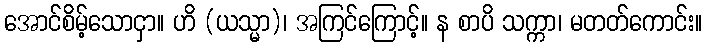
အောင်စိမ့်သောငှာ။ ဟိ (ယသ္မာ)၊ အကြင်ကြောင့်။ န စာပိ သက္ကာ၊ မတတ်ကောင်း။